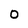
Character: O